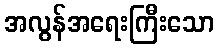
အလွန်အရေးကြီးသော